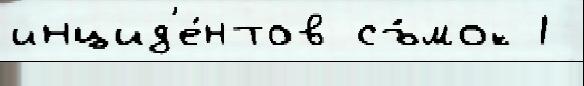
инцид'е́нтов съ́мок 1